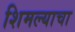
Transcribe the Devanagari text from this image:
शिमल्याचा